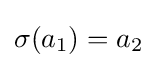
\sigma (a_{1})=a_{2}